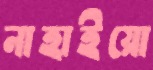
নাহাইয়ো